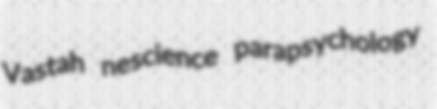
Vastah nescience parapsychology